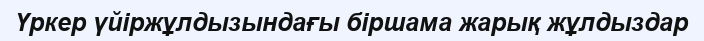
Үркер үйіржұлдызындағы біршама жарық жұлдыздар